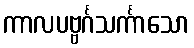
ကာလပဗ္ဗင်္ဂသင်္ကာသော